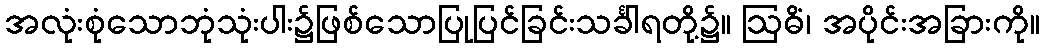
အလုံးစုံသောဘုံသုံးပါး၌ဖြစ်သောပြုပြင်ခြင်းသင်္ခါရတို့၌။ ဩဓိံ၊ အပိုင်းအခြားကို။